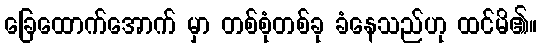
ခြေထောက်အောက် မှာ တစ်စုံတစ်ခု ခံနေသည်ဟု ထင်မိ၏။